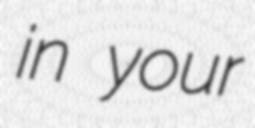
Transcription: in your